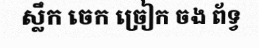
ស្លឹក ចេក ច្រៀក ចង ព័ទ្វ